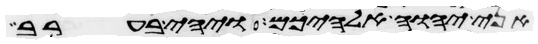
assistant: אני יהוה אלהיכם ויהי בערב